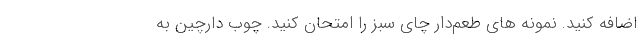
اضافه کنید. نمونه های طعم‌دار چای سبز را امتحان کنید. چوب دارچین به